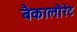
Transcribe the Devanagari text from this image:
बैकालौरेट